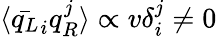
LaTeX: \langle{\bar{q_{L}}}_{i}{q_{R}^{j}}\rangle\propto v\delta_{i}^{j}\neq 0